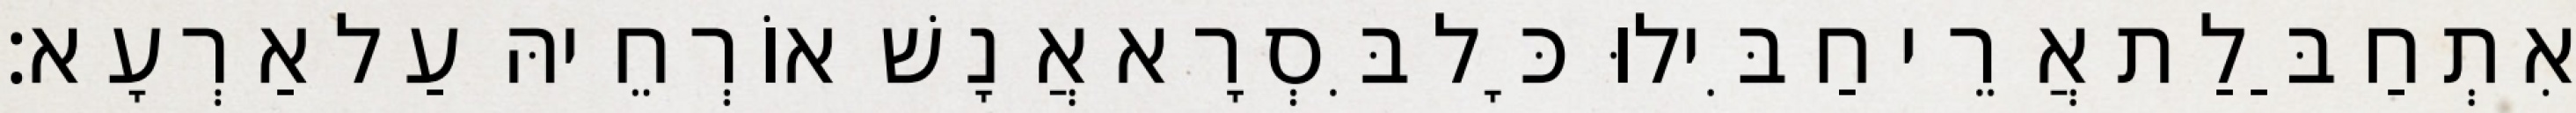
אִתְחַבַּלַת אֲרֵי חַבִּילוּ כָּל בִּסְרָא אֲנָשׁ אוֹרְחֵיהּ עַל אַרְעָא׃